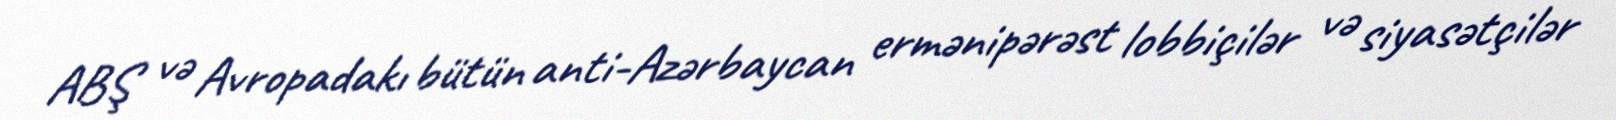
ABŞ və Avropadakı bütün anti-Azərbaycan ermənipərəst lobbiçilər və siyasətçilər